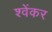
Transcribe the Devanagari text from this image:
श्वेंकर